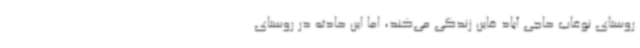
روستای نوغاب حاجی آباد قاین زندگی می‌کند، اما این حادثه در روستای